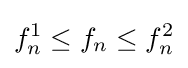
f_{n}^{1}\leq f_{n}\leq f_{n}^{2}